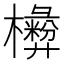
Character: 𣟗